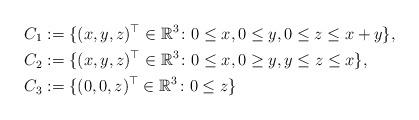
LaTeX: \begin{align*}C_1 &:= \{(x,y,z)^\top \in \mathbb{R}^3 \colon 0 \leq x, 0\leq y, 0\leq z\leq x+y\}, \\C_2 &:= \{(x,y,z)^\top \in \mathbb{R}^3 \colon 0 \leq x,0\geq y, y\leq z\leq x\}, \\C_3 &:= \{(0,0,z)^\top \in \mathbb{R}^3 \colon 0\leq z\}\end{align*}